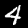
Label: 4